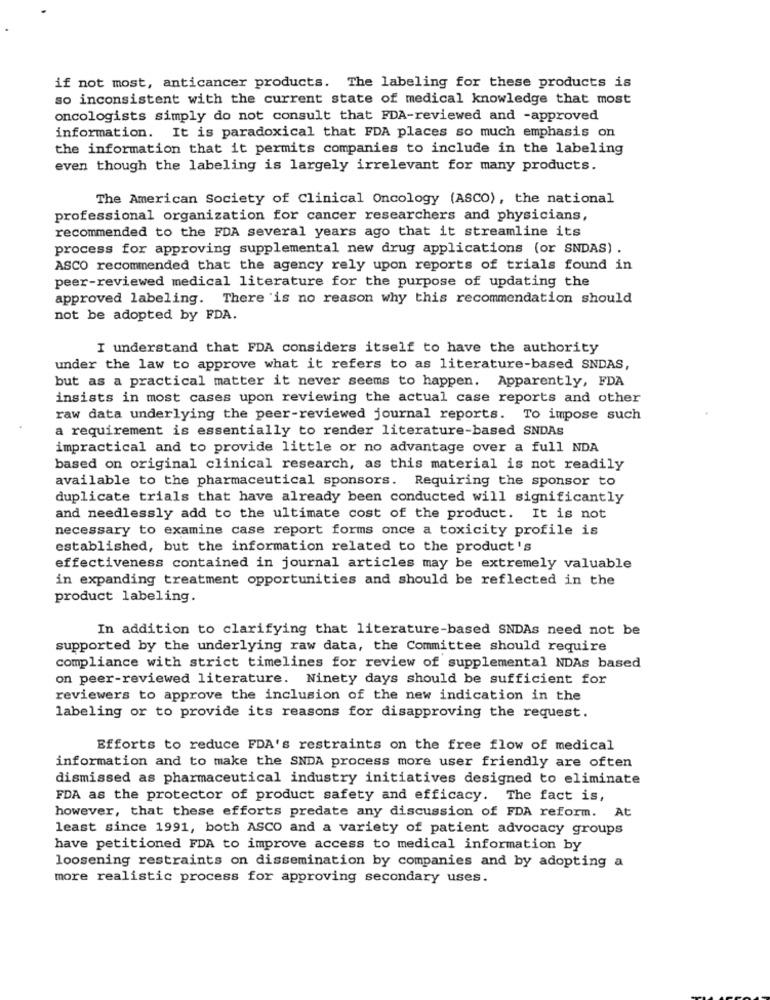
if not most, anticancer products. The labeling for these products is
so inconsistent with the current state of medical knowledge that most
oncologists simply do not consult that FDA-reviewed and -approved
information. It is paradoxical that FDA places so much emphasis on
the information that it permits companies to include in the labeling
even though the labeling is largely irrelevant for many products.
The American Society of Clinical Oncology (ASCO), the national
professional organization for cancer researchers and physicians,
recommended to the FDA several years ago that it streamline its
process for approving supplemental new drug applications (or SNDAS) .
ASCO recommended that the agency rely upon reports of trials found in
peer-reviewed medical literature for the purpose of updating the
approved labeling. There is no reason why this recommendation should
not be adopted by FDA.
I understand that FDA considers itself to have the authority
under the law to approve what it refers to as literature-based SNDAS,
but as a practical matter it never seems to happen. Apparently, FDA
insists in most cases upon reviewing the actual case reports and other
raw data underlying the peer-reviewed journal reports. To impose such
a requirement is essentially to render literature-based SNDAs
impractical and to provide little or no advantage over a full NDA
based on original clinical research, as this material is not readily
available to the pharmaceutical sponsors. Requiring the sponsor to
duplicate trials that have already been conducted will significantly
and needlessly add to the ultimate cost of the product. It is not
necessary to examine case report forms once a toxicity profile is
established, but the information related to the product's
effectiveness contained in journal articles may be extremely valuable
in expanding treatment opportunities and should be reflected in the
product labeling.
In addition to clarifying that literature-based SNDAs need not be
supported by the underlying raw data, the Committee should require
compliance with strict timelines for review of supplemental NDAs based
on peer-reviewed literature. Ninety days should be sufficient for
reviewers to approve the inclusion of the new indication in the
labeling or to provide its reasons for disapproving the request.
Efforts to reduce FDA's restraints on the free flow of medical
information and to make the SNDA process more user friendly are often
dismissed as pharmaceutical industry initiatives designed to eliminate
FDA as the protector of product safety and efficacy. The fact is,
however, that these efforts predate any discussion of FDA reform. At
least since 1991, both ASCO and a variety of patient advocacy groups
have petitioned FDA to improve access to medical information by
loosening restraints on dissemination by companies and by adopting a
more realistic process for approving secondary uses.